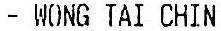
- WONG TAI CHIN